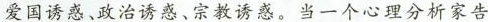
爱过诱惑、政治诱惑、宗教诱惑。当一个心理分析家告